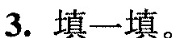
3、填一填。